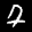
Label: 7